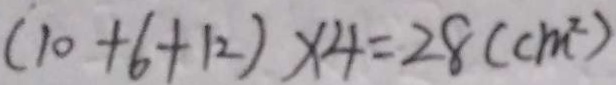
( 1 0 + 6 + 1 2 ) \times 4 = 2 8 ( c m ^ { 2 } )